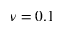
\nu = 0 . 1